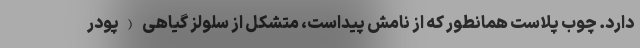
دارد. چوب پلاست همانطور که از نامش پیداست، متشکل از سلولز گیاهی (پودر